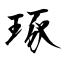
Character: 琢